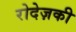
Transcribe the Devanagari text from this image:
रोदेज़की